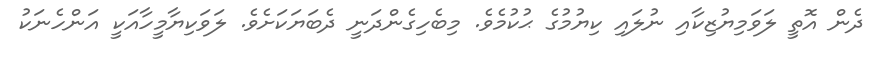
ދެން އޮތީ ލަވަމިޔުޒިކާއި ނުލައި ކިޔުމުގެ ޙުކުމެވެ. މިބެހިގެންދަނީ ދެބަޔަކަށެވެ. ލަވަކިޔާމީހާއަކީ އަންހެނަކު